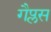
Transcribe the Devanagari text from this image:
गैप्लस